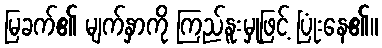
မြခက်၏ မျက်နှာကို ကြည်နူးမှုဖြင့် ပြုံးနေ၏။